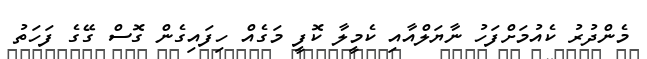
މެންދުރު ކެއުމަށްފަހު ނާޔަލްއާއި ކެމީލާ ކޮފީ މަގެއް ހިފައިގެން ގޮސް ގޭގެ ފަހަތު